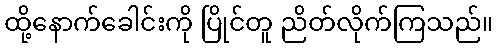
ထို့နောက်ခေါင်းကို ပြိုင်တူ ညိတ်လိုက်ကြသည်။